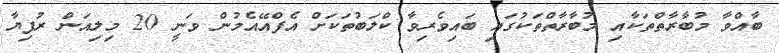
ބާއްވާ މުބާރާތްތަކާއި މުބާރާތްތަކުގައި ބައިވެރިވާ ކްލަބުތަކަށް އެފްއޭއެމުން ވަނީ 20 މިލިއަން ރުފިޔާ